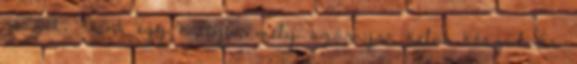
részét. Mint egy hattyú, mely szárnyra kelni készül És